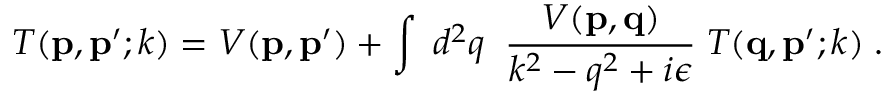
T ( { \bf p } , { \bf p ^ { \prime } } ; k ) = V ( { \bf p } , { \bf p ^ { \prime } } ) + \int \; d ^ { 2 } q \; \; \frac { V ( { \bf p } , { \bf q } ) } { k ^ { 2 } - q ^ { 2 } + i \epsilon } \; T ( { \bf q } , { \bf p ^ { \prime } } ; k ) \; .